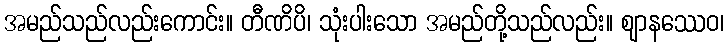
အမည်သည်လည်းကောင်း။ တီဏိပိ၊ သုံးပါးသော အမည်တို့သည်လည်း။ ဈာနဿေဝ၊